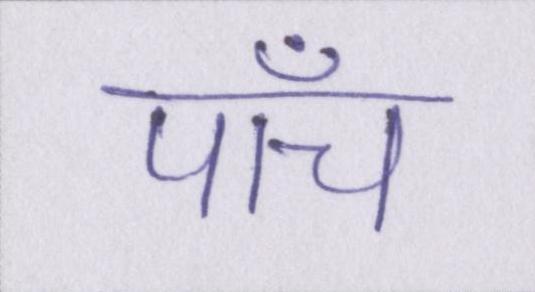
पाँच